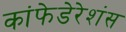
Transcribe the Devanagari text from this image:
कांफेडेरेशंस